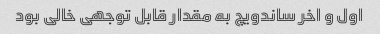
اول و اخر ساندویچ به مقدار قابل توجهی خالی بود